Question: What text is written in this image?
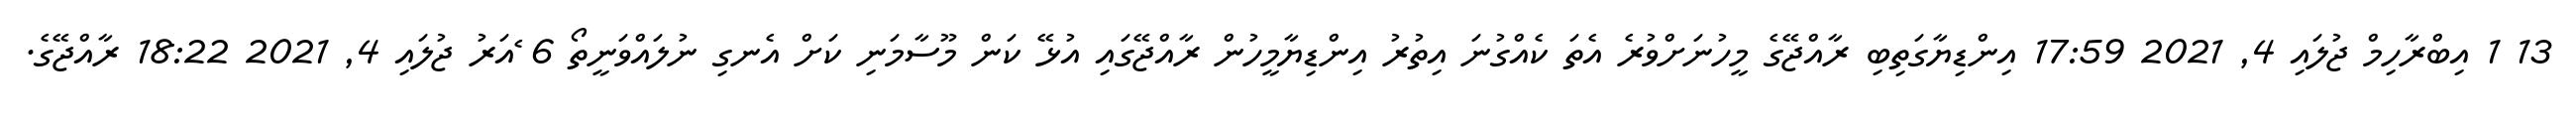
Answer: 13 1 އިބްރާހިމް ޖުލައި 4, 2021 17:59 އިންޑިޔާގަތިބި ރާއްޖޭގެ މީހުނަށްވުރެ އެތަ ކެއްގުނަ އިތުރު އިންޑިޔާމީހުން ރާއްޖޭގައި އުޅޭ ކަން މޫސާމަނި ކަށް އެނގި ނުލައްވަނީތޯ 6 ެއަރު ޖުލައި 4, 2021 18:22 ރާއްޖޭގެ.